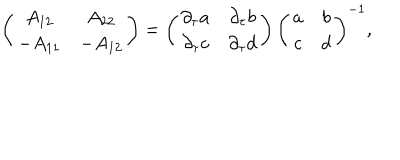
LaTeX: \left( \begin{array} { c c } { { A _ { 1 2 } } } & { { A _ { 2 2 } } } \\ { { - A _ { 1 1 } } } & { { - A _ { 1 2 } } } \\ \end{array} \right) = \left( \begin{array} { c c } { { \partial _ { \tau } a } } & { { \partial _ { \tau } b } } \\ { { \partial _ { \tau } c } } & { { \partial _ { \tau } d } } \\ \end{array} \right) \left( \begin{array} { c c } { { a } } & { { b } } \\ { { c } } & { { d } } \\ \end{array} \right) ^ { - 1 } ,